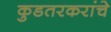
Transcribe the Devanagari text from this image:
कुडतरकरांचे